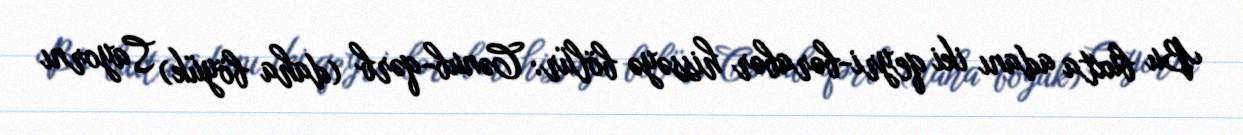
Bu buxta adanı iki qeyri-bərabər hissəyə bölür: Cənub-qərb (daha böyük) Sayornı